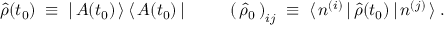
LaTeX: \hat { \rho } ( t _ { 0 } ) \; \equiv \; | \, { \cal A } ( t _ { 0 } ) \, \rangle \, \langle \, { \cal A } ( t _ { 0 } ) \, | \; \; \; \; \; \; \; \; \; \left( \, \hat { \rho } _ { 0 } \, \right) _ { i j } \; \equiv \; \langle \, n ^ { ( i ) } \, | \, \hat { \rho } ( t _ { 0 } ) \, | \, n ^ { ( j ) } \, \rangle \; .